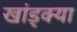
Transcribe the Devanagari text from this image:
खांड्क्या